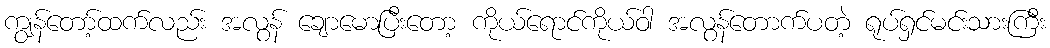
ကျွန်တော့်ထက်လည်း အလွန် ချောမောပြီးတော့ ကိုယ်ရောင်ကိုယ်ဝါ အလွန်တောက်ပတဲ့ ရုပ်ရှင်မင်းသားကြီး